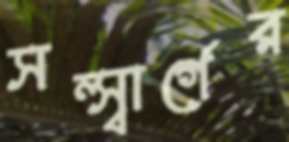
সল্স্বার্গের